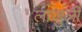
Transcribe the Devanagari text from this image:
लाजुली